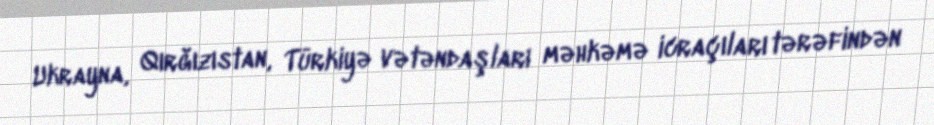
Ukrayna, Qırğızıstan, Türkiyə vətəndaşları məhkəmə icraçıları tərəfindən